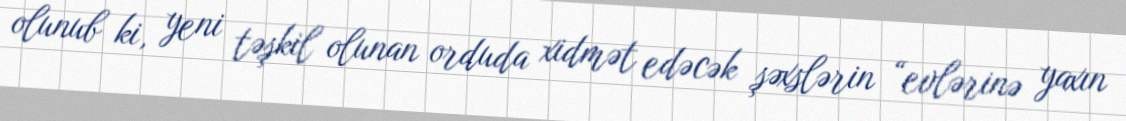
olunub ki, yeni təşkil olunan orduda xidmət edəcək şəxslərin “evlərinə yaxın